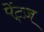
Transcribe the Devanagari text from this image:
पेंट्ज़